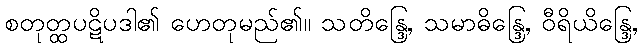
စတုတ္ထပဋိပဒါ၏ ဟေတုမည်၏။ သတိန္ဒြေ, သမာဓိန္ဒြေ, ဝီရိယိန္ဒြေ,